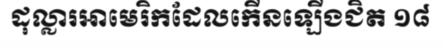
ដុល្លារអាមេរិកដែលកើនឡើងជិត ១៨